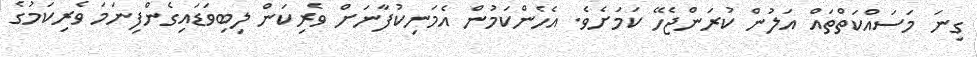
ގިނަ މަސައްކަތްތައް އަލުން ކުރަންޖެހޭ ކަމަށެވެ. އެެހެންކަމުން އެމަނިކުފާނަށް ވެރިކަން ލިބިވަޑައިގެންފިނަމަ ވެރިކަމުގެ